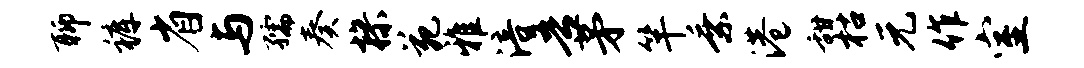
聊裤省与孺奏操苑雅涪吾茅竿乘港甜枯元作室